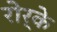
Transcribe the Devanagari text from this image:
रोर्के